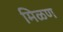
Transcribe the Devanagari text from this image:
मिळण